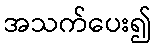
အသက်ပေး၍